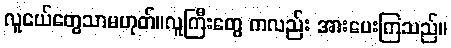
လူငယ်တွေသာမဟုတ်။လူကြီးတွေ ကလည်း အားပေးကြသည်။